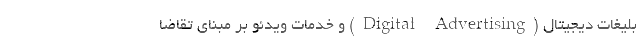
بلیغات دیجیتال (Digital Advertising) و خدمات ویدئو بر مبنای تقاضا